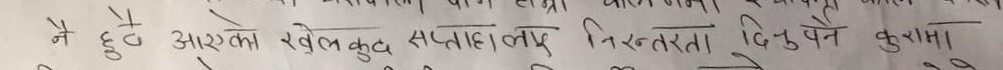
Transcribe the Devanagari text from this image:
मै हुदै आएको खेलकुद सप्ताहलाई निरन्तरता दिनुपर्ने कुरामा